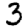
Digit: 3